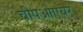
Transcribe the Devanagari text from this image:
चीपओएयर